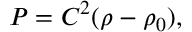
P = C ^ { 2 } ( \rho - \rho _ { 0 } ) ,